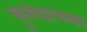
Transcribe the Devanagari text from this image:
कुरुंदाच्या